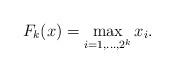
LaTeX: \begin{align*}F_k(x) = \max_{i=1,\ldots, 2^k} x_i.\end{align*}